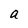
Character: a